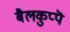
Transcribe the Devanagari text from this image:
बैलकुप्पॆ